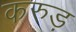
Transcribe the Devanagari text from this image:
करुड़